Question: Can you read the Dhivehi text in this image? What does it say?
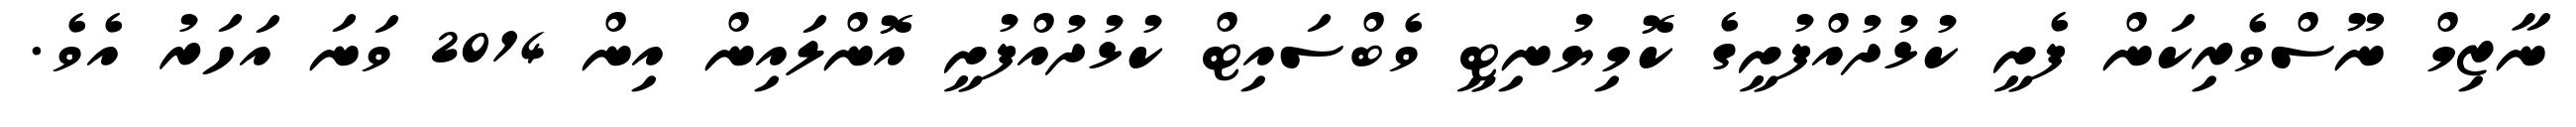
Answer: ނާޒިމް ނޫސްވެރިކަން ފެށީ ކުޅުދުއްފުށީގެ ކޮމިޔުނިޓީ ވެބްސައިޓް ކުޅުދުއްފުށީ އޮންލައިން އިން 2014 ވަނަ އަހަރު އެވެ.